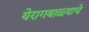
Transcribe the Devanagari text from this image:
येरागबाळ्याचे